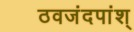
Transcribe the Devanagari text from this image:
ठवजंदपांश्